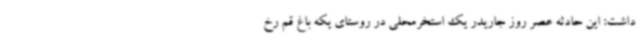
داشت: این حادثه عصر روز جاریدر یک استخرمحلی در روستای یکه باغ قم رخ